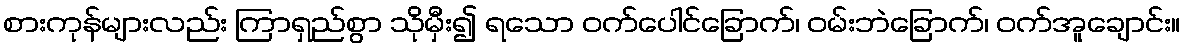
စားကုန်များလည်း ကြာရှည်စွာ သိုမှီး၍ ရသော ဝက်ပေါင်ခြောက်၊ ဝမ်းဘဲခြောက်၊ ဝက်အူချောင်း။